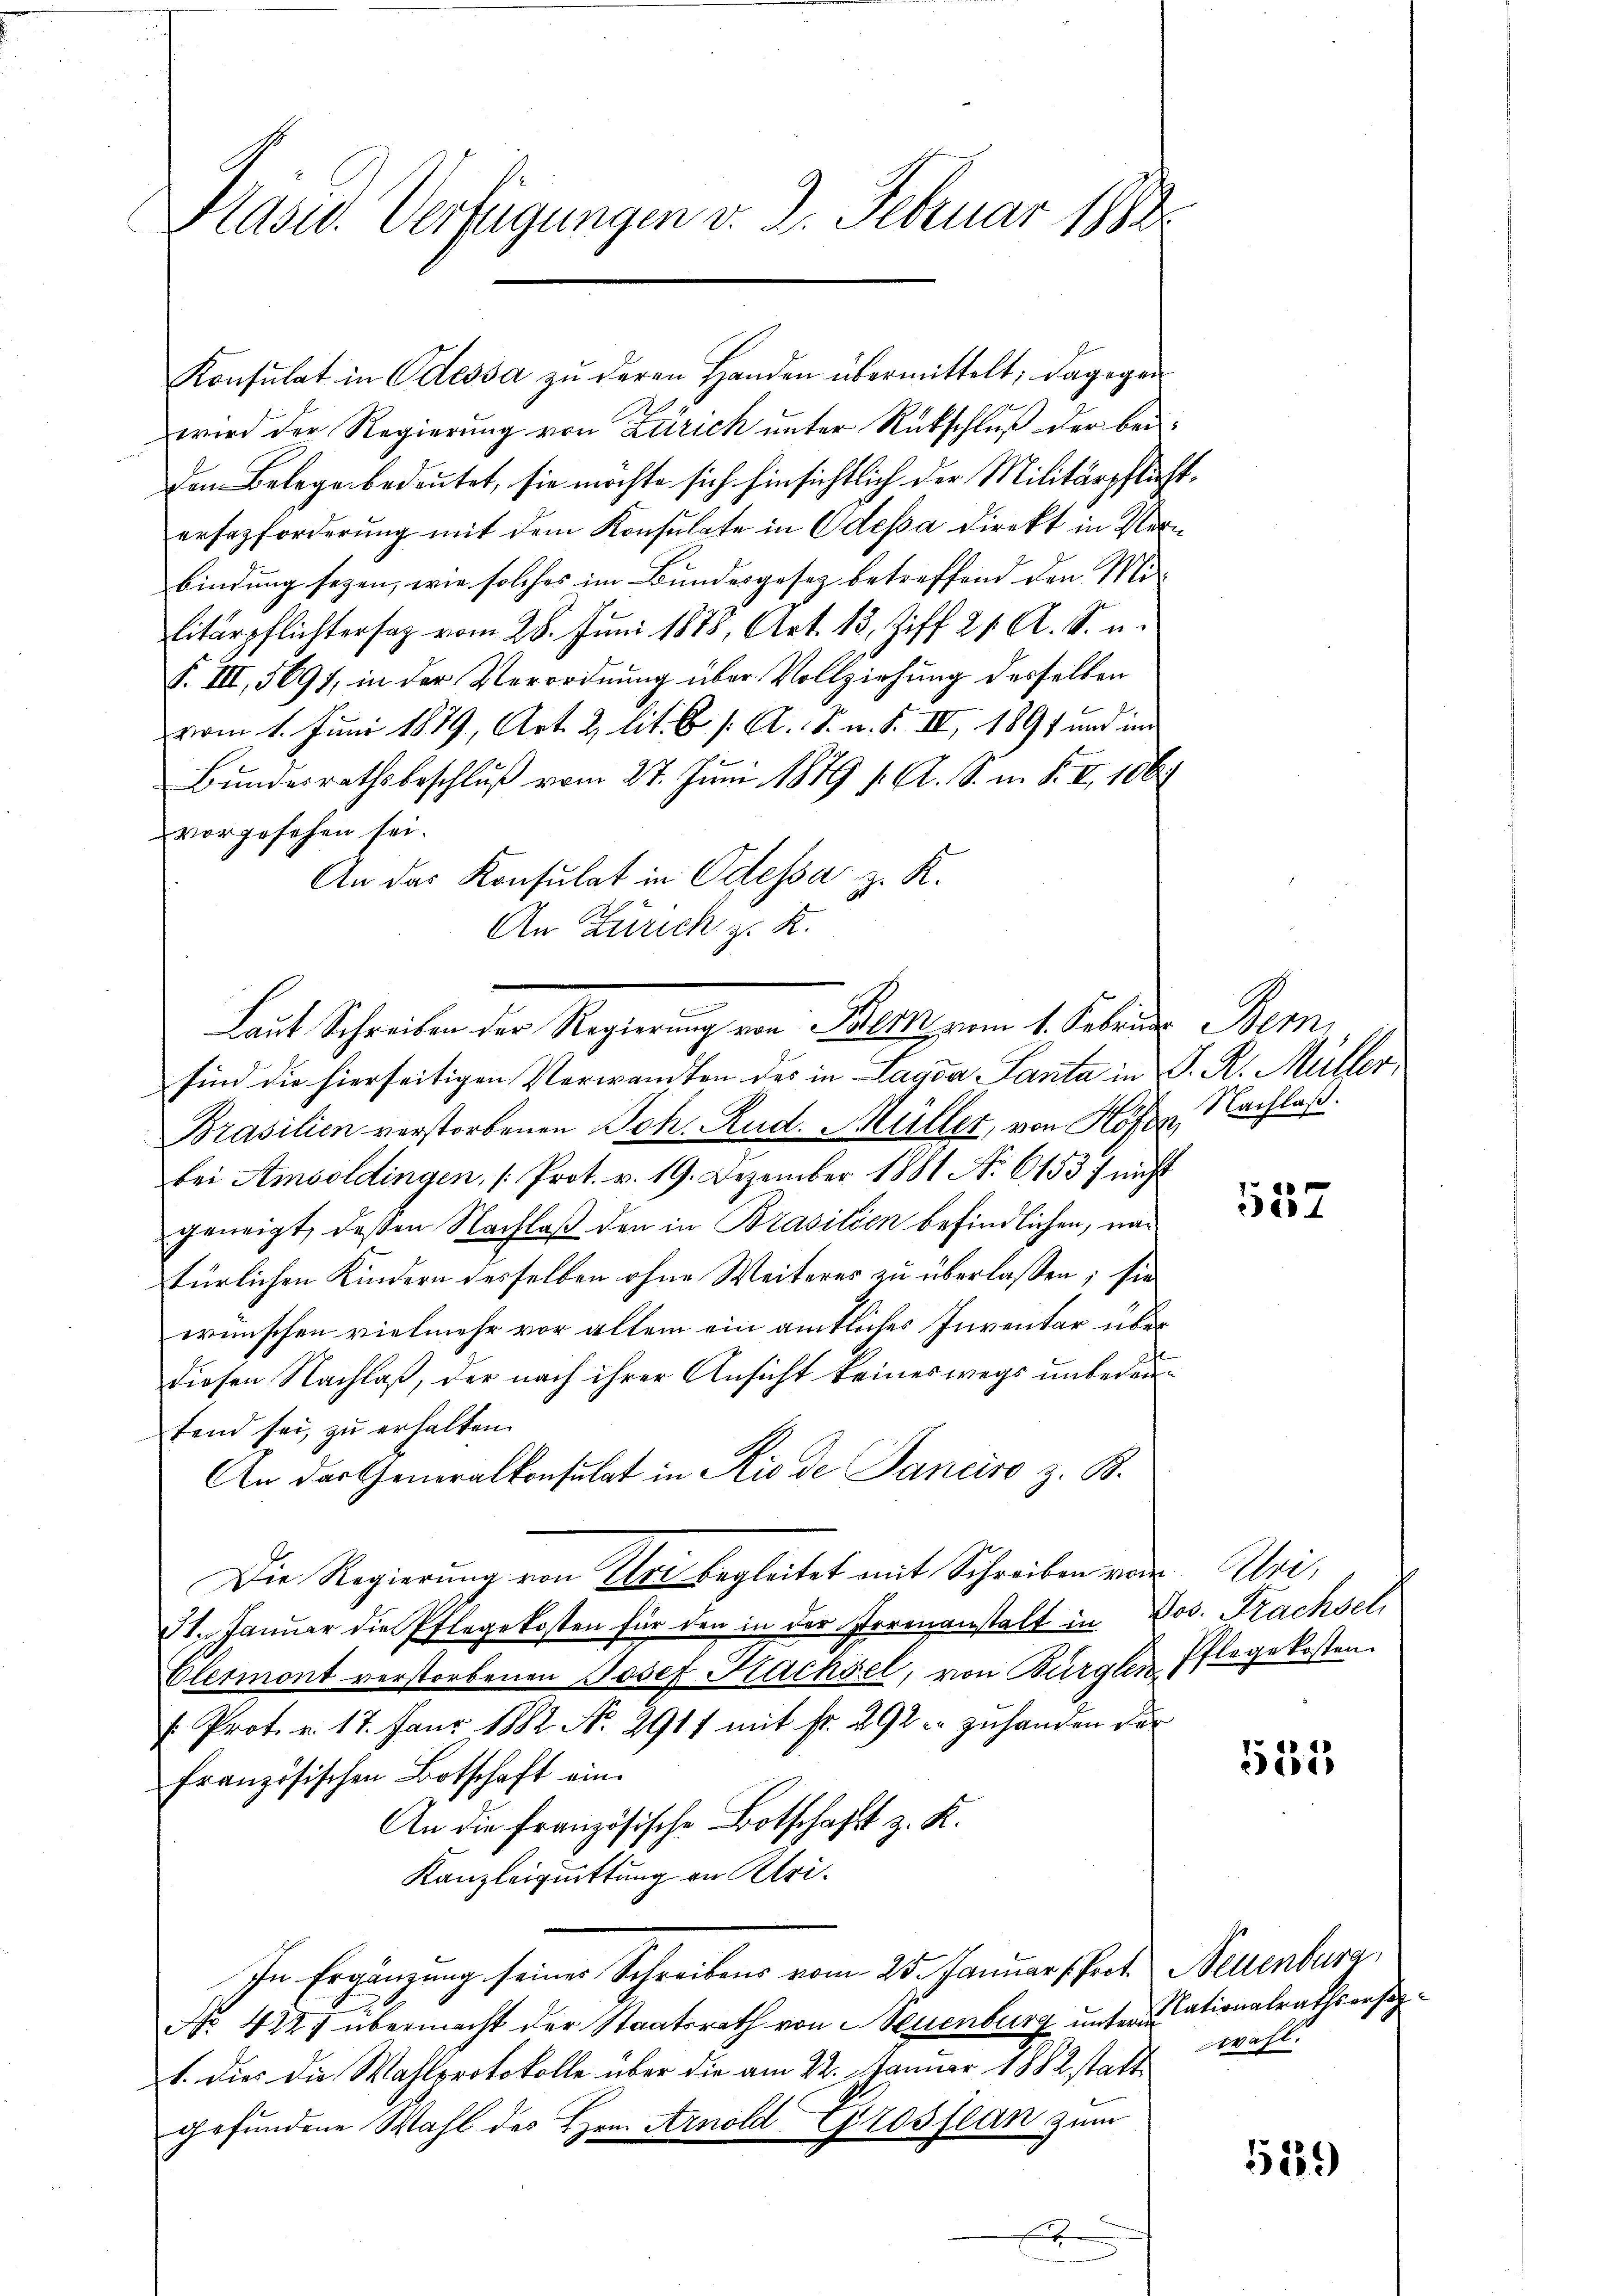
Plasur. Verfügungen v. 2. Februar 1883.

Konsulat in Odessa zŭ deren Handen übermittelt; dagegen
wird der Regierung von Zürich unter Rückschluß der bei¬
Den Belege bedeutet, sie möchte sich hinsichtlich der Militärpflichtersazforderung mit dem Konsulate in Odessa direkt in Verbindung seyen, wie solches im Bundesgesez betreffend den Mi-
litärpflichtersag vom 28. Juni 1878, Art. 13, Ziff. 24. A. S. u.
F. III, 5697, in der Verordnung über Vollziehung desselben
vom 1. Juni 1889, Art. 2 lit. b. /: A. S. n. F. II, 1891 und im
Bŭndesrathsbeschlŭβ vom 27. Jŭni 1879 f. A. S. m. F. II. 106
vorgesehen sei.
An das Konsulat in Odessa z. R.
An Zürich z. R.
sind die hierseitigen Verwandten des in Lagda-Lanta in P. R. Müller,
Brasilien verstorbenen Joh. Rud. Müller, von Höfen Nachlaß.
bei Amsoldingen (Prot. v. 19. Dezember 1881 No. 6153) nicht
geneigt, deßen Nachlaß den in Brasilien befindlichen, nac
türlichen Kindern desselben ohne Weiteres zu überlassen; sie
wünschen vielmehr vor allem ein amtliches Inventar über
diesen Nachlaß, der nach ihrer Ansicht keineswegs unbedeufend sei, zu erhalten.
An der Generalkonsulat in Rio de Sanciso z. B.
Die Regierung von Uri begleitet mit Schreiben von Uri,
31. Januar die Pflegekosten für den in der Irrenanstalt in Jos. Frachset
Otermont verstorbenen Josef Kachsel, von Bürglen Pflegekosten.
: Prot. v. 17. Janr 1882. No. 2917 mit fr. 292 zuhanden der
französischen Botschaft ein.
An die französische Botschaft z. K.
Kanzleiquittung an Uri¬
In Ergänzung seiner Schreibens vom 25. Januar heit. Neuenburg,
No. 422 übermacht der Staatsrath von Neuenburg unter rationalrathsersag¬
1. Dies die Wahlprotokolle über die am 22. Januar 1882 statt
gefundene Wahl des Hrn. Arnold Grossian zum

Laut Schreiben der Regierung von Bern vom 1. Februar Bern

557

553

wahl.

529